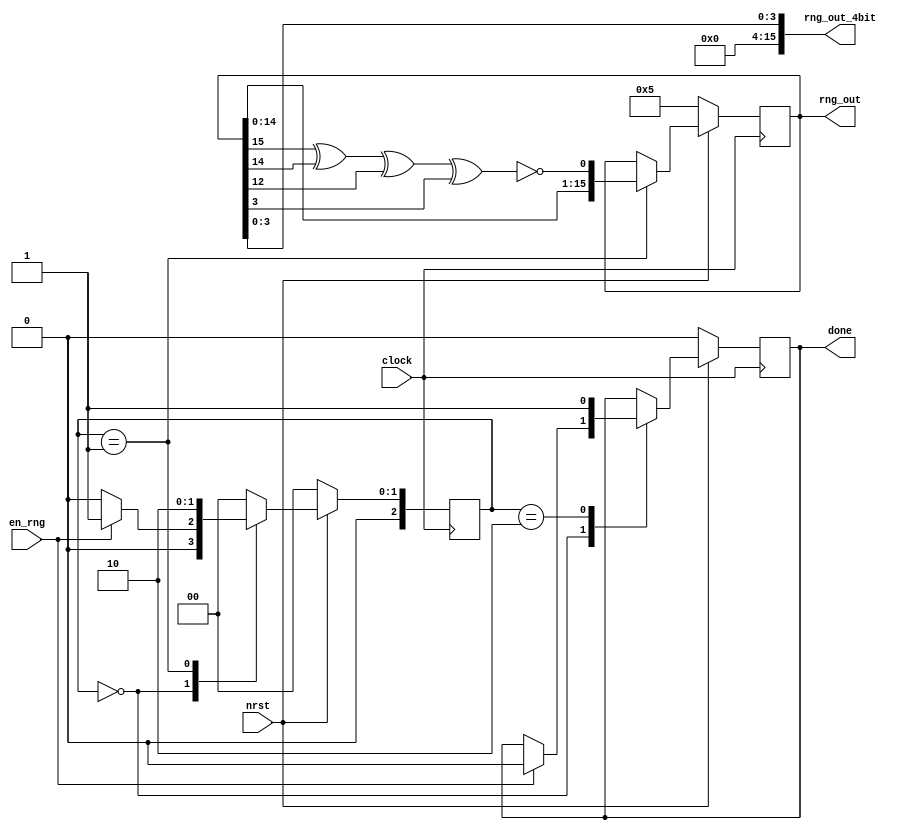
`timescale 1ns/1ps
/*
 *  Linear Feedback Shift Register
 *  Reference: https://www.xilinx.com/support/documentation/application_notes/xapp052.pdf
 */

module randomGenerator(clock, nrst, rng_out, rng_out_4bit, en_rng, done);
	input clock, nrst, en_rng;
	output [15:0] rng_out, rng_out_4bit;
	reg [15:0] rng_out_buf;
	reg feedback, done_buf;
	output done;//, feedback_out;
	//output [2:0] state_out;

	// RNG
	reg [2:0] state;
	always @ (posedge clock) begin
		if (!nrst) begin
			rng_out_buf = 5;
			state = 0;
			feedback = 0;
			done_buf = 0;
		end
		else begin
			case (state)
				3'd0: begin
					if (en_rng) begin
						feedback = 0;
						done_buf = 0;
						state = 1;
					end
					else
						state = 0;
				end
				3'd1: begin
					feedback = ~(rng_out_buf[15] ^ rng_out_buf[14] ^ rng_out_buf[12] ^ rng_out_buf[3]);
					rng_out_buf = {rng_out_buf[14:0], feedback};
					state = 2;
				end
				3'd2: begin
					done_buf = 1;
					state = 0;
				end
				default: 
					state = 0;
			endcase
		end
	end

	assign rng_out = rng_out_buf;
	assign rng_out_4bit = {12'd0, rng_out_buf[3:0]};
	assign done = done_buf;
	//assign feedback_out = feedback;
	assign state_out = state;
endmodule